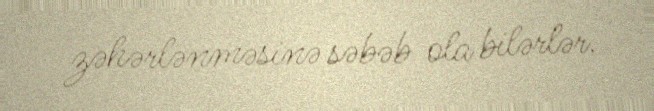
zəhərlənməsinə səbəb ola bilərlər.